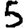
Digit: 5